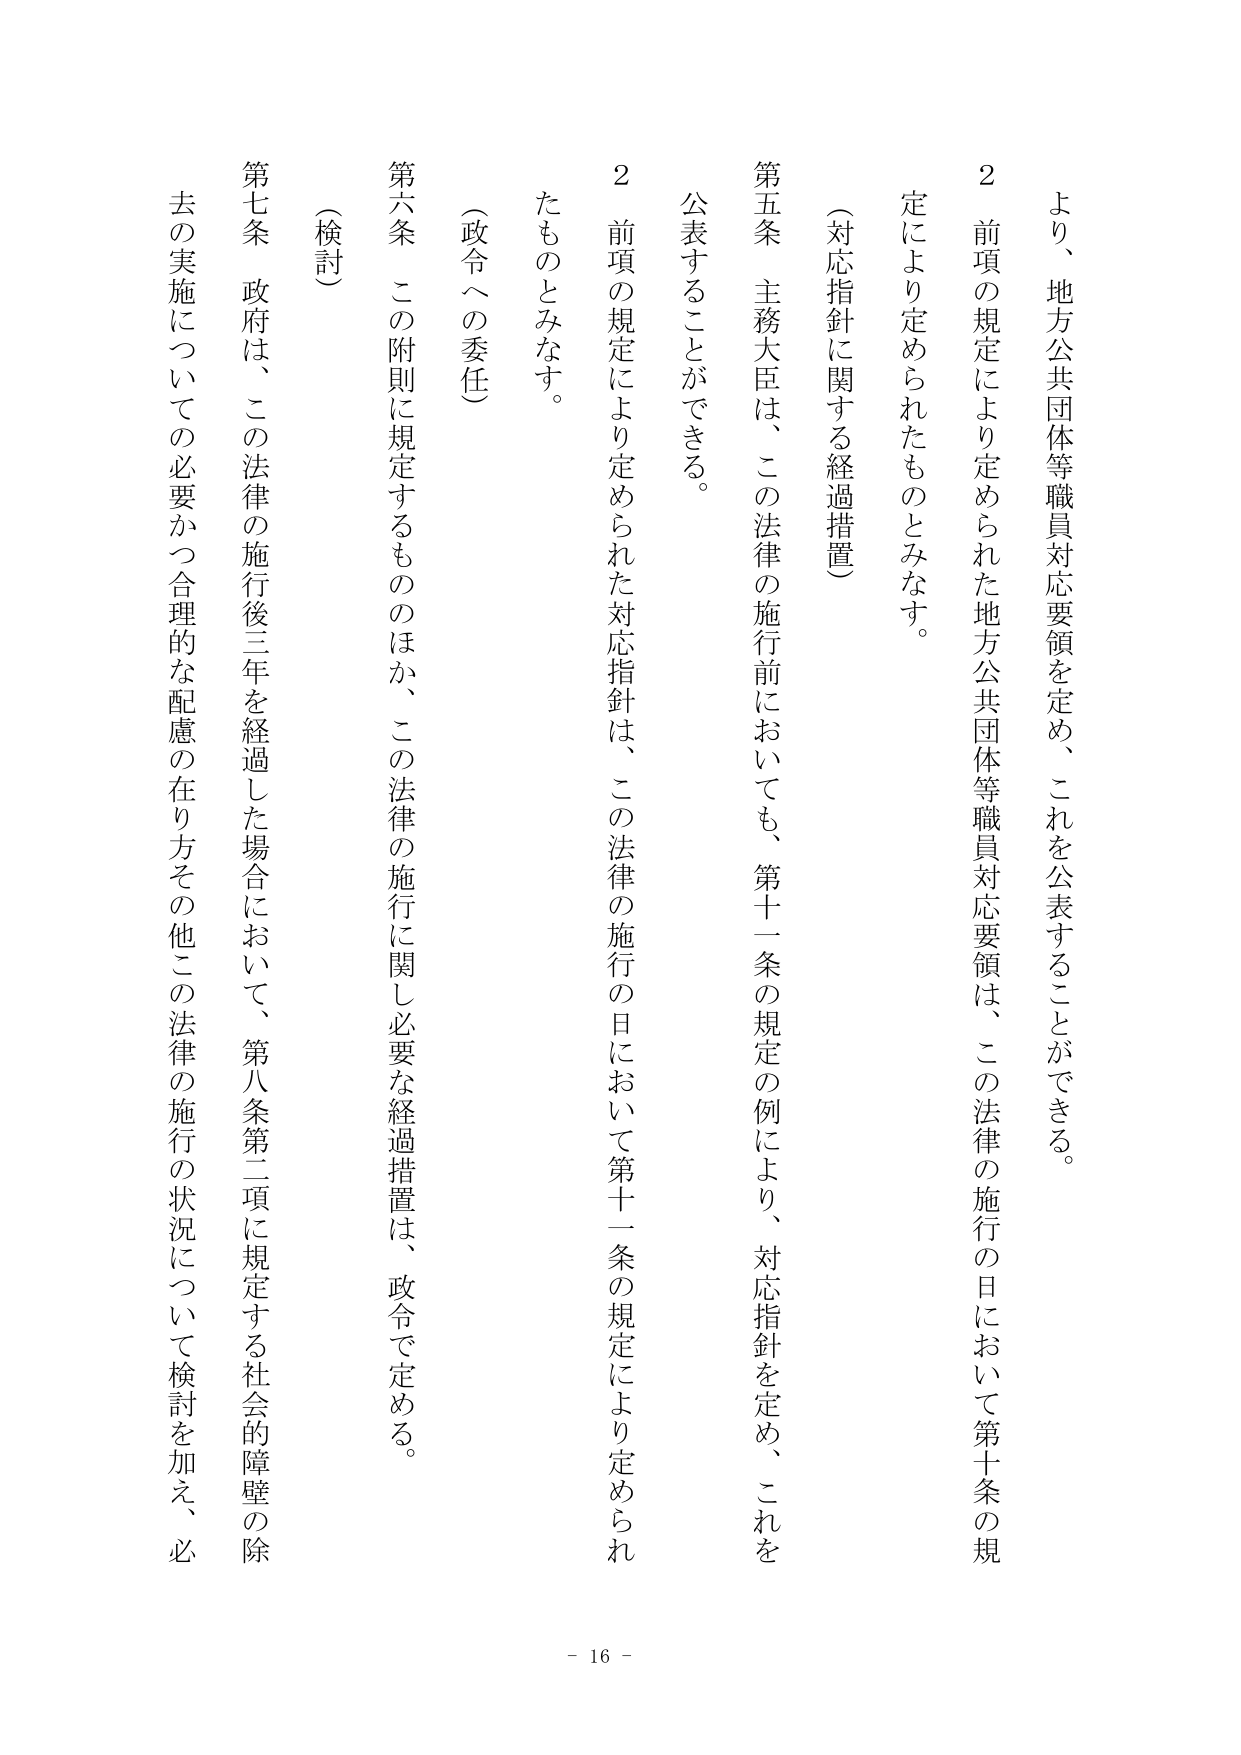
より、地方公共団体等職員対応要領を定め、これを公表することができる。

２　前項の規定により定められた地方公共団体等職員対応要領は、この法律の施行の日において第十条の規定により定められたものとみなす。

（対応指針に関する経過措置）

第五条　主務大臣は、この法律の施行前においても、第十一条の規定の例により、対応指針を定め、これを公表することができる。

２　前項の規定により定められた対応指針は、この法律の施行の日において第十一条の規定により定められたものとみなす。

（政令への委任）

第六条　この附則に規定するもののほか、この法律の施行に関し必要な経過措置は、政令で定める。

（検討）

第七条　政府は、この法律の施行後三年を経過した場合において、第八条第二項に規定する社会的障壁の除去の実施についての必要かつ合理的な配慮の在り方その他この法律の施行の状況について検討を加え、必

- 16 -